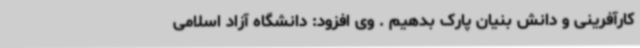
کارآفرینی و دانش بنیان پارک بدهیم . وی افزود: دانشگاه آزاد اسلامی